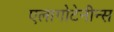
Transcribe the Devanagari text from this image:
एलागोटेनीन्स